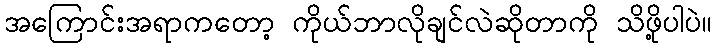
အကြောင်းအရာကတော့ ကိုယ်ဘာလိုချင်လဲဆိုတာကို သိဖို့ပါပဲ။